Annual report of the Bengal Veterinary College and of the Civil Veterinary Department, Bengal, for the year 1914-1915 - 1914-1915
Year: 1914
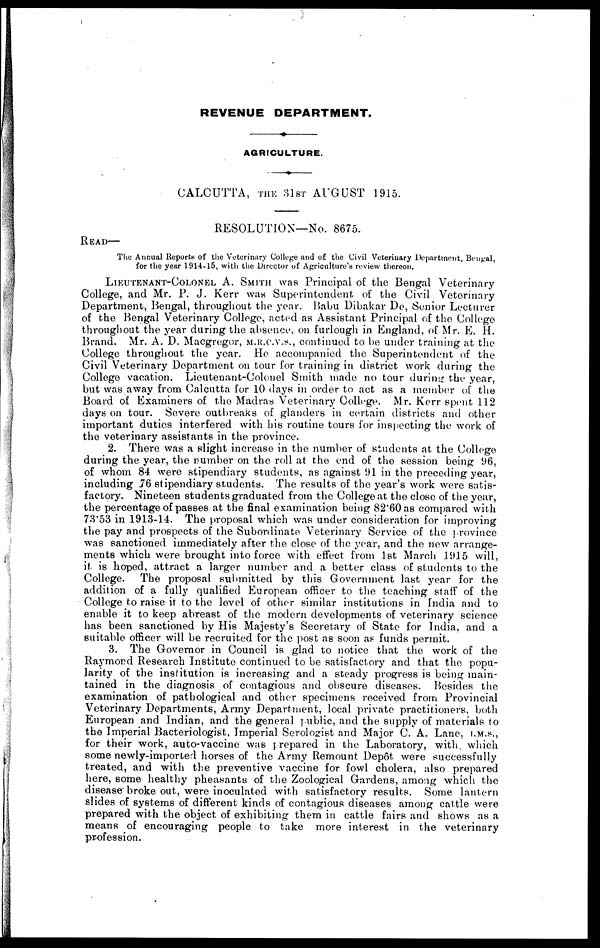
REVENUE DEPARTMENT.
♦
AGRICULTURE.
♦
CALCUTTA, THE 31ST AUGUST 1915.
RESOLUTION—No. 8675.
READ—
The Annual Reports of the Veterinary College and of the Civil Veterinary Department, Bengal,
for the year 1914-15, with the Director of Agriculture's review thereon.
LIEUTENANT-COLONEL A. SMITH was Principal of the Bengal Veterinary
College, and Mr. P. J. Kerr was Superintendent of the Civil Veterinary
Department, Bengal, throughout the year. Babu Dibakar De, Senior Lecturer
of the Bengal Veterinary College, acted as Assistant Principal of the College
throughout the year during the absence, on furlough in England, of Mr. E. H.
Brand. Mr. A. D. Macgregor,M.R.C.V.S., continued to be under training at the
College throughout the year. He accompanied the Superintendent of the
Civil Veterinary Department on tour for training in district work during the
College vacation. Lieutenant-Colonel Smith made no tour during the year,
but was away from Calcutta for 10 days in order to act as a member of the
Board of Examiners of the Madras Veterinary College. Mr. Kerr spent 112
days on tour. Severe outbreaks of glanders in certain districts and other
important duties interfered with his routine tours for inspecting the work of
the veterinary assistants in the province.
2. There was a slight increase in the number of students at the College
during the year, the number on the roll at the end of the session being 96,
of whom 84 were stipendiary students, as against 91 in the preceding year,
including 76 stipendiary students. The results of the year's work were satis-
factory. Nineteen students graduated from the College at the close of the year,
the percentage of passes at the final examination being 82.60 as compared with
73"53 in 1913-14. The proposal which was under consideration for improving
the pay and prospects of the Subordinate Veterinary Service of the province
was sanctioned immediately after the close of the year, and the new arrange-
ments which were brought into force with effect from 1st March 1915 will,
it is hoped, attract a larger number and a better class of students to the
College. The proposal submitted by this Government last year for the
addition of a fully qualified European officer to the teaching staff of the
College to raise it to the level of other similar institutions in India and to
enable it to keep abreast of the modern developments of veterinary science
has been sanctioned by His Majesty's Secretary of State for India, and a
suitable officer will be recruited for the post as soon as funds permit.
3. The Governor in Council is glad to notice that the work of the
Raymond Research Institute continued to be satisfactory and that the popu-
larity of the institution is increasing and a steady progress is being main-
tained in the diagnosis of contagious and obscure diseases. Besides the
examination of pathological and other specimens received from Provincial
Veterinary Departments, Army Department, local private practitioners, both
European and Indian, and the general public, and the supply of materials to
the Imperial Bacteriologist, Imperial Serologist and Major C. A. Lane, I.M.S.,
for their work, auto-vaccine was prepared in the Laboratory, with which
some newly-imported horses of the Army Remount Depôt were successfully
treated, and with the preventive vaccine for fowl cholera, also prepared
here, some healthy pheasants of the Zoological Gardens, among which the
disease broke out, were inoculated with satisfactory results. Some lantern
slides of systems of different kinds of contagious diseases among cattle were
prepared with the object of exhibiting them in cattle fairs and shows as a
means of encouraging people to take more interest in the veterinary
profession.